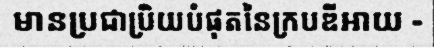
មានប្រជាប្រិយបំផុតនៃក្របឌីអាយ -